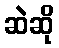
ဆဲဆို